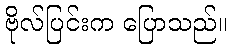
ဗိုလ်ပြင်းက ပြောသည်။